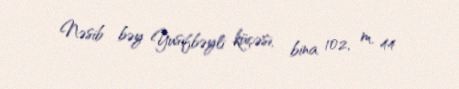
Nəsib bəy Yusifbəyli küçəsi, bina 102, m. 44